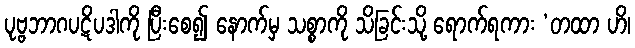
ပုဗ္ဗဘာဂပဋိပဒါကို ပြီးစေ၍ နောက်မှ သစ္စာကို သိခြင်းသို့ ရောက်ရကား ‘တထာ ဟိ၊